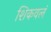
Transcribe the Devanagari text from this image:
शिकवलं